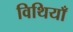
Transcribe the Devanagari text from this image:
विथियाँ